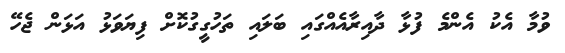
ވުމާ އެކު އެންމެ ފުޅާ ދާއިރާއެއްގައި ބަލައި ތަހުގީގުކޮށް ފިޔަވަޅު އަޅަން ޖެހޭ